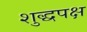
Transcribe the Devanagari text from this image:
शुद्धपक्ष